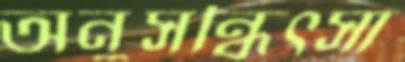
অনুসন্ধিৎসা